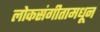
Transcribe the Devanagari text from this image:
लोकसंगीतामधून